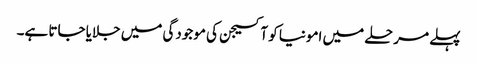
پہلے مرحلے میں امونیا کو آکسیجن کی موجودگی میں جلایا جاتا ہے۔